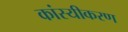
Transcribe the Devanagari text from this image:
कांस्यीकरण